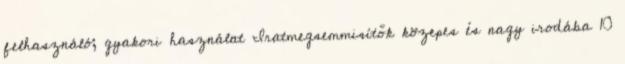
felhasználó; gyakori használat Iratmegsemmisítők közepes és nagy irodába 10